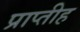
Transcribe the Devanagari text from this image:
प्राप्तीह